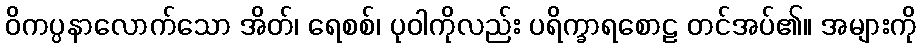
ဝိကပ္ပနာလောက်သော အိတ်၊ ရေစစ်၊ ပုဝါကိုလည်း ပရိက္ခာရစောဠ တင်အပ်၏။ အများကို